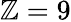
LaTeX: \mathbb{Z}=9